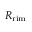
R _ { \mathrm { r i m } }